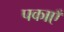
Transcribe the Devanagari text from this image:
पकाएँ